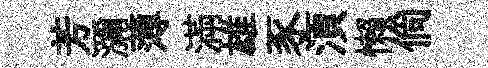
芳瀰薄滿雄豕湏懒倘